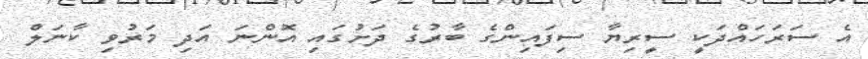
އެ ސަރަހައްދަކީ ސީރިޔާ ސިފައިންގެ ބާރުގެ ދަށުގައި އޮންނަ އަދި މަރުވި ކާނަލް